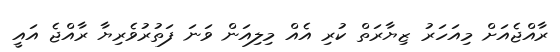
ރާއްޖެއަށް މިއަހަރު ޒިޔާރަތް ކުރި އެއް މިލިއަން ވަނަ ފަތުރުވެރިޔާ ރާއްޖެ އައީ